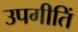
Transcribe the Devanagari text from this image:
उपगीतिं